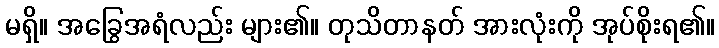
မရှိ။ အခြွေအရံလည်း များ၏။ တုသိတာနတ် အားလုံးကို အုပ်စိုးရ၏။